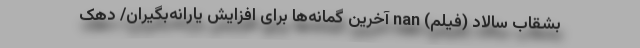
بشقاب سالاد (فیلم) nan آخرین گمانه‌ها برای افزایش یارانه‌بگیران/ دهک